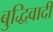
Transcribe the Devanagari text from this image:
बुद्धिवादीं